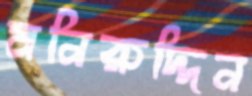
মনিরুদ্দিন